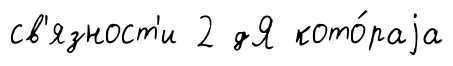
св'язност'и 2 дЯ кото́раjа